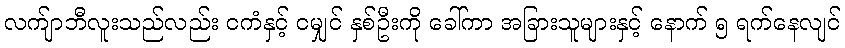
လက်ျာဘီလူးသည်လည်း ငကံနှင့် ငမျှင် နှစ်ဦးကို ခေါ်ကာ အခြားသူများနှင့် နောက် ၅ ရက်နေလျင်